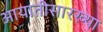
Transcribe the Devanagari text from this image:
आयातीसारख्या